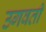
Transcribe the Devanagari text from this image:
उगवती